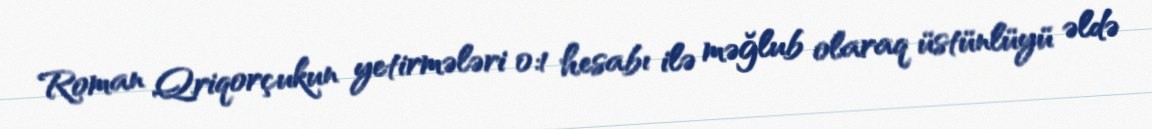
Roman Qriqorçukun yetirmələri 0:1 hesabı ilə məğlub olaraq üstünlüyü əldə